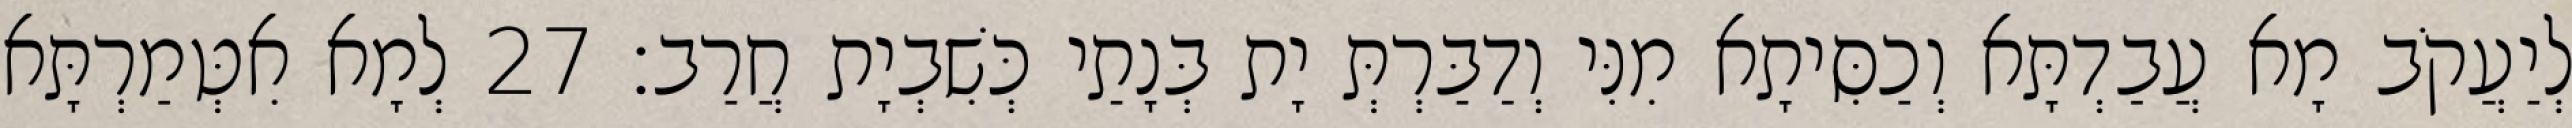
לְיַעֲקֹב מָא עֲבַדְתָּא וְכַסִּיתָא מִנִּי וְדַבַּרְתְּ יָת בְּנָתַי כְּשִׁבְיָת חֲרַב׃ 27 לְמָא אִטְּמַרְתָּא